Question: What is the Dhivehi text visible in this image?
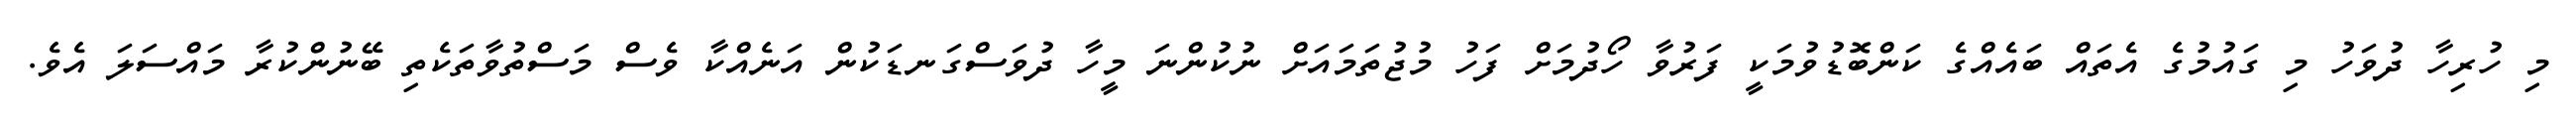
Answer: މި ހުރިހާ ދުވަހު މި ގައުމުގެ އެތައް ބައެއްގެ ކަންބޮޑުވުމަކީ ފަރުވާ ހޯދުމަށް ފަހު މުޖުތަމައަށް ނުކުންނަ މީހާ ދުވަސްގަނޑަކުން އަނެއްކާ ވެސް މަސްތުވާތަކެތި ބޭނުންކުރާ މައްސަލަ އެވެ.